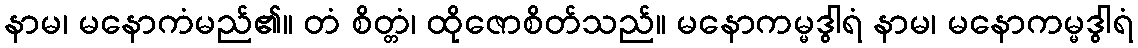
နာမ၊ မနောကံမည်၏။ တံ စိတ္တံ၊ ထိုဇောစိတ်သည်။ မနောကမ္မဒွါရံ နာမ၊ မနောကမ္မဒွါရံ